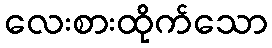
လေးစားထိုက်သော